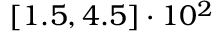
[ 1 . 5 , 4 . 5 ] \cdot 1 0 ^ { 2 } \phantom { ^ { - } }